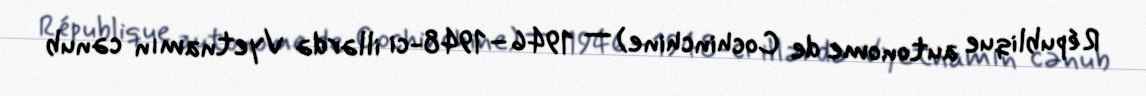
République autonome de Cochinchine) — 1946–1948-ci illərdə Vyetnamın cənub